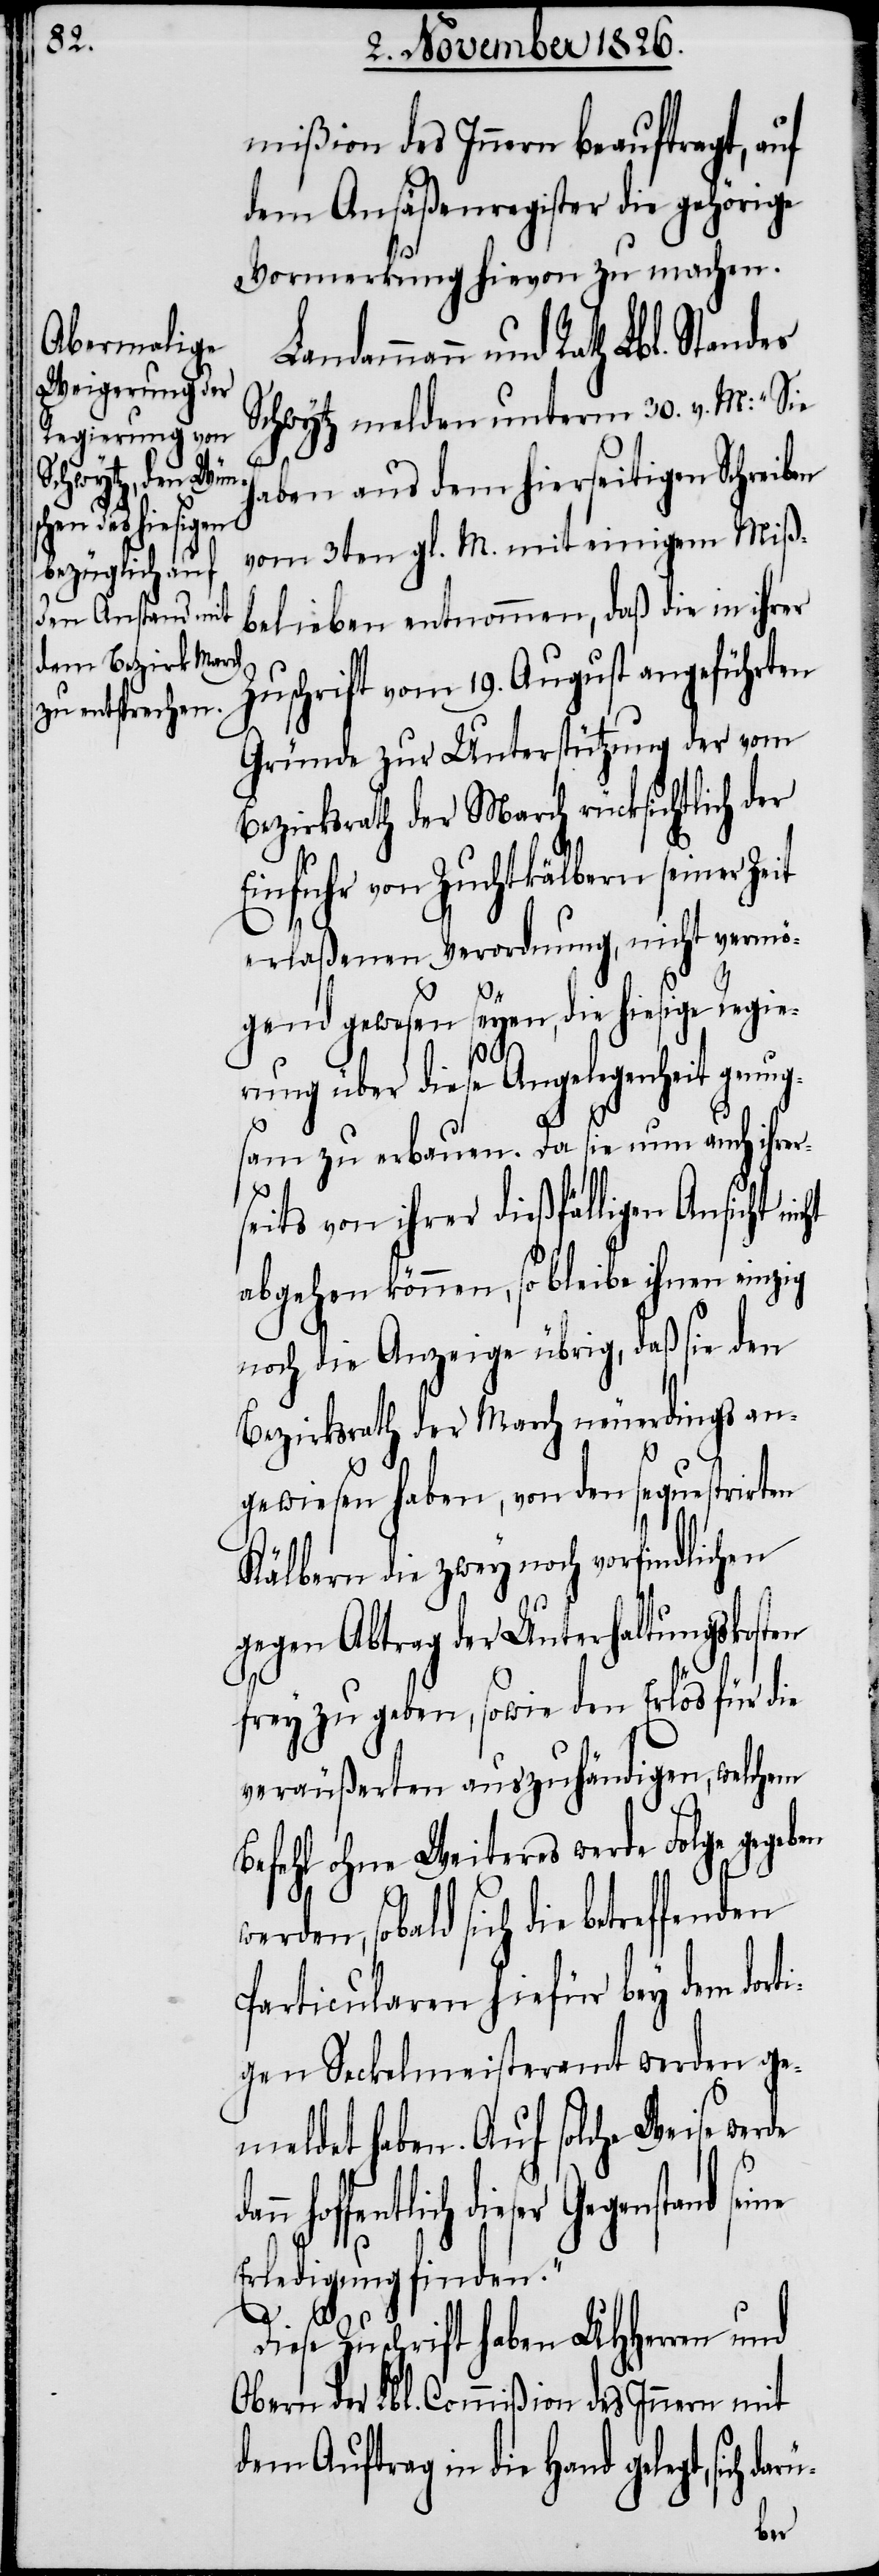
mißion des Innern beauftragt, auf
dem Ansäßenregister die gehörige
Vormerkung hievon zu machen.
Schwytz melden unterm 30. v. M.: „Sie
haben aus dem hierseitigen Schreiben
vom 3ten gl. M. mit einigem Miß¬
belieben entnommen, daß die in ihrer
Zuschrift vom 19. August angeführten
Gründe zur Unterstützung der vom
Bezirksrath der March rücksichtlich der
Einfuhr von Zuchtkälbern seiner Zeit
erlaßenen Verordnung, nicht vermö¬
gend gewesen seyen, die hiesige Regie¬
rung über diese Angelegenheit genug¬
und
sam zu erbauen. Da sie nun auch ihr¬
seits von ihrer dießfälligen Ansicht
abgehen können, so bleibe ihnen einzig
noch die Anzeige übrig, daß sie den
Bezirksrath der March neuerdings an¬
gewiesen haben, von den sequestrirten
Kälbern die zwey noch vorfindlichen
gegen Abtrag der Unterhaltungskosten
frey zu geben, sowie den Erlös für die
veräußerten auszuhändigen, welchem
Befehl ohne Weiteres werde Folge gegeben
Particularen hiefür bey dem dort¬
igen Seckelmeisteramt werden ge¬
meldet haben. Auf solche Weise
hoffentlich dieser Gegenstand
Erledigung finden.“
Diese Zuschrift haben UHHerren und
Obern der Lbl. Commißion des Innern mit
dem Auftrag in die Hand gelegt,
er¬